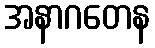
အနာဂတေန